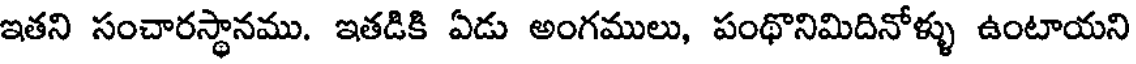
ఇతని సంచారస్థానము. ఇతడికి ఏడు అంగములు, పంథొనిమిదినోళ్ళు ఉంటాయని